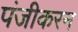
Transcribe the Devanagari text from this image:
पंजीकरन